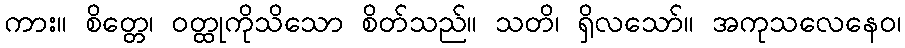
ကား။ စိတ္တေ၊ ဝတ္ထုကိုသိသော စိတ်သည်။ သတိ၊ ရှိလသော်။ အကုသလေနေဝ၊